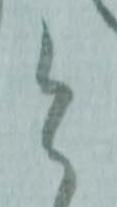
と